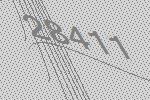
28411